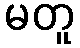
မတူ